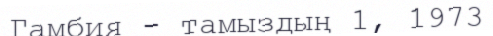
Гамбия - тамыздың 1, 1973